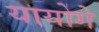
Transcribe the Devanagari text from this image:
यायोगे